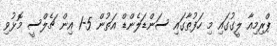
ޕްރިމިއާ ލީގުގައި މި ހަފުތާގައި ސަންޑަލެންޑް އަތުން 5-1 އިން ޗެލްސީ މޮޅުވި